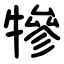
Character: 犙